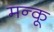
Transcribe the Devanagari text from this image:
मन्कू